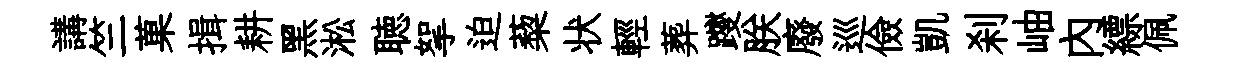
講竺菓揖耕黑淞聴挐迫蔾状輕葬躞朕廢巡儉凱刹岫内縹佩